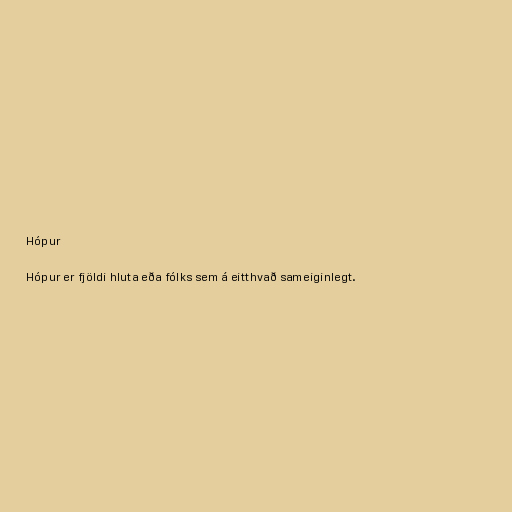
Hópur

Hópur er fjöldi hluta eða fólks sem á eitthvað sameiginlegt.